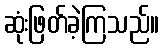
ဆုံးဖြတ်ခဲ့ကြသည်။